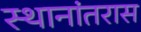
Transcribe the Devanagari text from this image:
स्थानांतरास